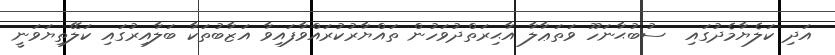
އަދި ކަލެޔާމެދުގައި  ސުބުޙާނަހޫ ވަތަޢާލާ އާޙިރަތްދުވަހުން ތައްޔާރުކުރައްވާފައިވާ އަޒާބުތަކާ ބަލާއިރުގައި ކަލޭތިޔަވަނީ